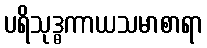
ပရိသုဒ္ဓကာယသမာစာရာ